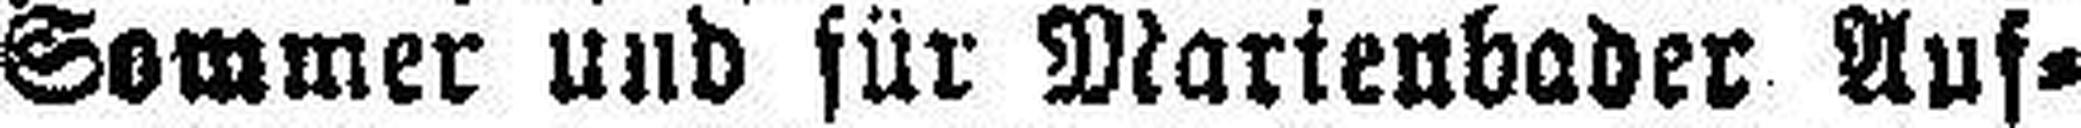
Sommer und für Marienbader Auf¬